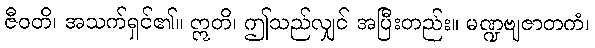
ဇီဝတိ၊ အသက်ရှင်၏။ ဣတိ၊ ဤသည်လျှင် အပြီးတည်း။ မဏ္ဍဗျဇာတကံ၊